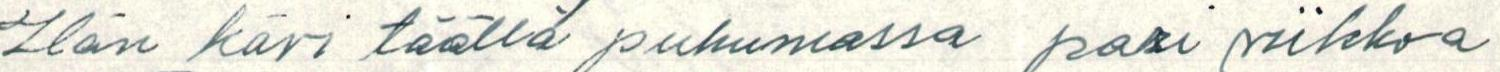
Hän kävi täällä puhumassa pari viikkoa